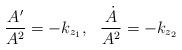
LaTeX: \begin{align*}\frac{A^\prime}{A^2}=-k_{z_1},\ \ \frac{\dot A}{A^2}=-k_{z_2}\end{align*}